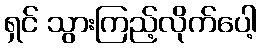
ရှင် သွားကြည့်လိုက်ပေါ့